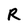
Character: R